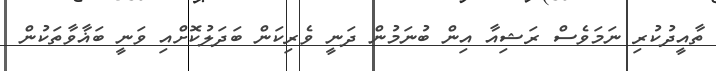
ތާއީދުކުރި ނަމަވެސް ރަޝިއާ އިން ބުނަމުން ދަނީ ވެރިކަން ބަދަލުކޮށްއި ވަނީ ބަޣާވާތަކުން